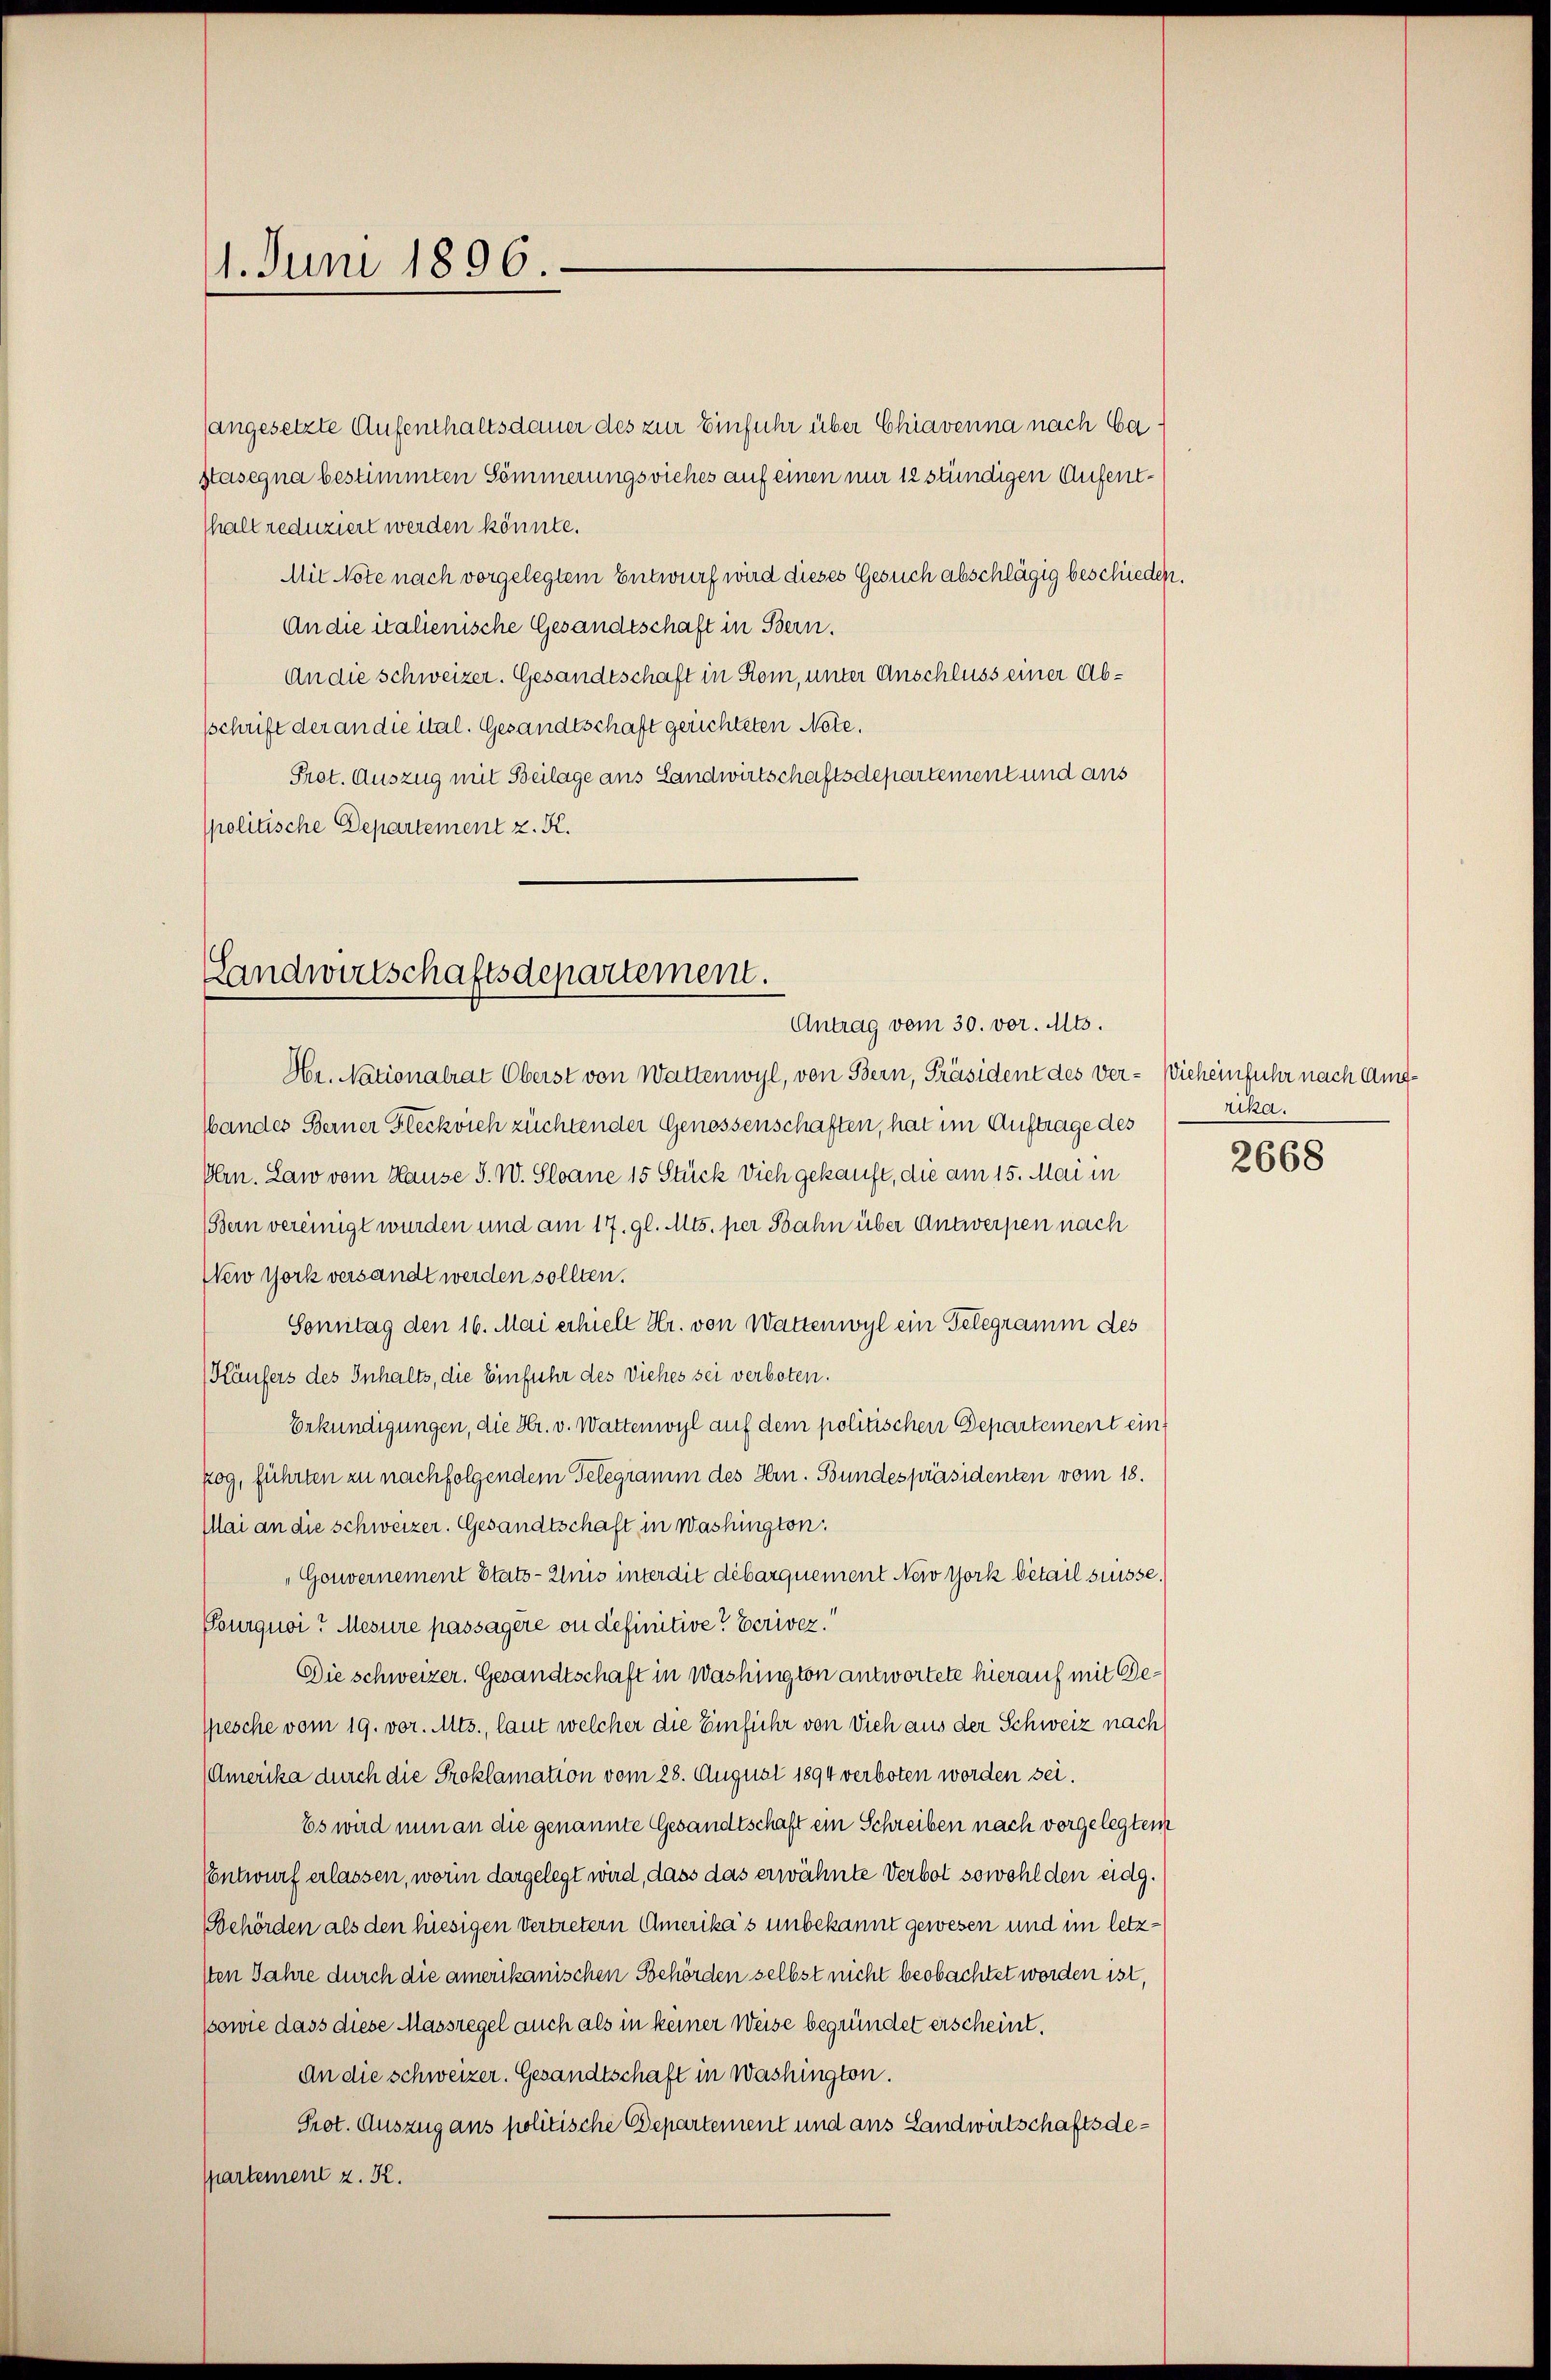
1. Juni 1896.

angesetzte Aufenthaltsdauer des zur Einfuhr über Chiavenna nach Ca
Stasegna bestimmten Sömmerungsviehes auf einen nur 12 stündigen Aufenthalt reduziert werden könnte.
Mit Note nach vorgelegtem Entwurf wird dieses Gesuch abschlägig beschieden.
An die italienische Gesandtschaft in Bern.
An die Schweizer. Gesandtschaft in Rom, unter Anschluss einer Absschrift der an die ital. Gesandtschaft gerichteten Note.
Prot. Auszug mit Beilage aus Landwirtschaftsdepartement und aus
spolitische Departement z. K.

Landwirtschaftsdepartement.
Antrag vom 30. vor. Mts.

Hr. Nationalrat Oberst von Wattenwyl, von Bern, Präsident des Ver- Wicheinfuhr nach Am¬
Wandes Berner Fleckvieh züchtender Genossenschaften, hat im Auftrage des Zika.
Olrn. Law vom Hause S. W. Sloane 15 Stück Dich gekauft, die am 15. Mai in
Stern vereinigt wurden und am 17. gl. Mts. per Bahn über Antwerpen nach
New York versandt werden sollten.
Sonntag den 16. Mai erhielt Hr. von Wattenwyl ein Telegramm des
Käufers des Inhalts, die Einfuhr des Viehes sei verboten.
Erkundigungen, die Hr. v. Wattenwyl auf dem politischen Departement ein
zog, führten zu nachfolgendem Telegramm des Hrn. Bundespräsidenten vom 18.
Mai an die Schweizer. Gesandtschaft in Washington.
"Gouvernement Etats - Anis interdit débarquement New York bétail suisse.
Pourquoi? Mesure passagère ou definitive? Eeriver.“
Die schweizer. Gesandtschaft in Washington antwortete hierauf mit Gespesche vom 19. vor. Mts., laut welcher die Einführ von Dich aus der Schweiz nach
(Amerika durch die Proklamation vom 28. August 1894 verboten worden sei.
Es wird nun an die genannte Gesandtschaft ein Schreiben nach vorgelegtem
Entwurf erlassen, worin dargelegt wird, dass das erwähnte Verbot sowohl den eidg.
Behörden als den hiesigen Vertretern Amerika’s unbekannt gewesen und im letzsten Jahre durch die amerikanischen Behörden selbst nicht beobachtet worden ist,
ssowie dass diese Massregel auch als in keiner Weise begründet erscheint.
An die schweizer. Gesandtschaft in Washington.
Prot. Auszug aus politische Departement und aus Landwirtschaftsdespartement z. K.

2668